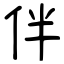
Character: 伴